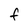
Character: F